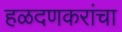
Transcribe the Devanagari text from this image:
हळदणकरांचा